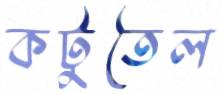
কটুতৈল